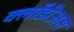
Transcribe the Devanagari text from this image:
क्लॉडीअस